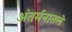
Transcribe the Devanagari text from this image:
अंतर्मनातले